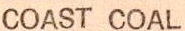
COAST COAL